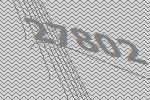
27802